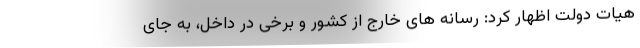
هیات دولت اظهار کرد: رسانه های خارج از کشور و برخی در داخل، به جای